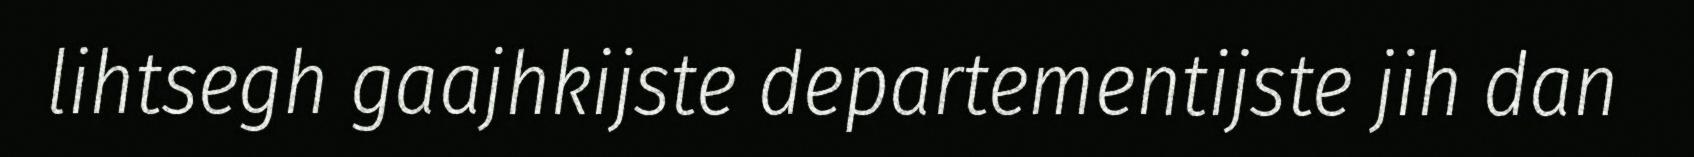
lihtsegh gaajhkijste departementijste jih dan